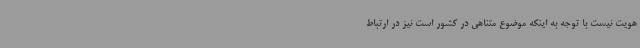
هویت نیست با توجه به اینکه موضوع متناهی در کشور است نیز در ارتباط